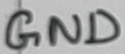
Text: GND